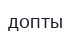
допты